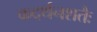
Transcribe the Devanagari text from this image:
कदर्थनशतैः